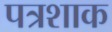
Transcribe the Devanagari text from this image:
पत्रशाक